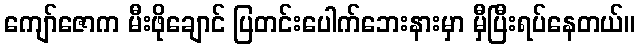
ကျော်ဇောက မီးဖိုချောင် ပြတင်းပေါက်ဘေးနားမှာ မှီပြီးရပ်နေတယ်။